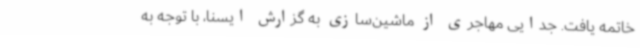
خاتمه یافت. جدایی مهاجری از ماشین‌سازی به گزارش ایسنا، با توجه به